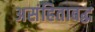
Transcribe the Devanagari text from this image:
असंहिताबद्ध